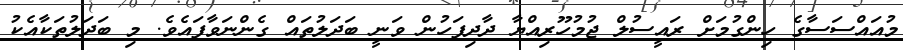
މުއައްސަސާގެ ހިންގުމަށް ރައީސުލް ޖުމުހޫރިއްޔާ ދާދިފަހުން ވަނީ ބަދަލުތައް ގެންނަވާފައެވެ. މި ބަދަލުތަކާއެކު